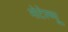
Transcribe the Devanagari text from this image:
मोटेल्च्यू